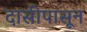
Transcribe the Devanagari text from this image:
दासीपासून